Lunatic asylums Madras 1877-1891 - 1877-1891
Year: 1877
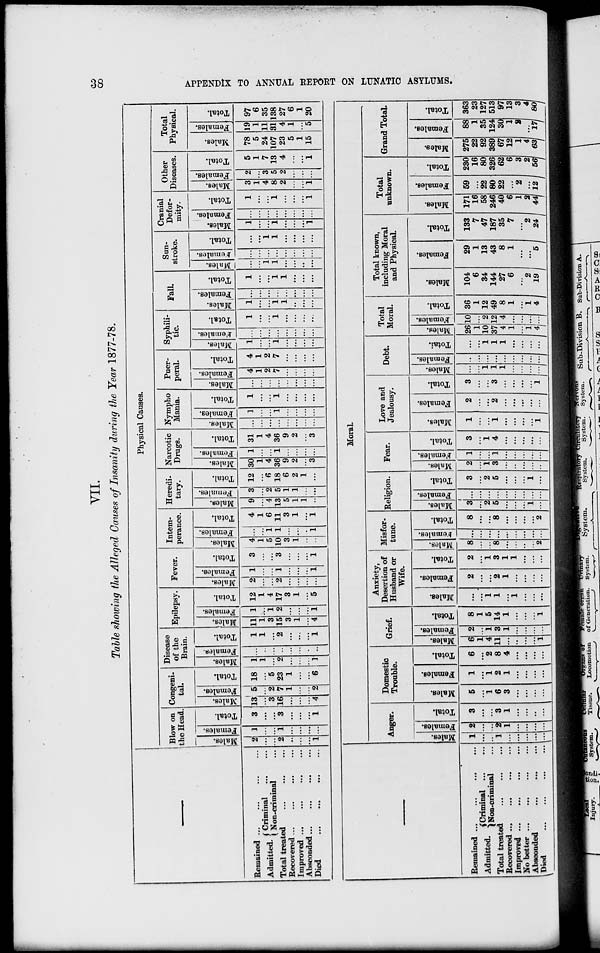
38
APPENDIX TO ANNUAL REPORT ON LUNATIC ASYLUMS.
VII.
Table showing the Alleged Causes of Insanity during the Year 1877-78.
Remained ... ... ... ...
Admitted.
Criminal ... ...
Non-criminal ...
Total treated ... ... ...
Recovered ... ... ... ...
Improved ... ... ... ...
Absconded... ... ... ...
Died ... ... ... ...
Physical Causes.
Blow on
the Head.
Males.
2
...
...
2
...
...
...
1
Females.
1
...
...
1
...
...
...
...
Total.
3
...
...
3
...
...
...
1
Gongeni-
tal.
Males.
13
...
3
16
...
...
...
4
Females.
5
...
2
7
1
...
...
2
Total.
18
...
5
23
1
...
...
6
Disease
of the
Brain.
Males.
1
1
...
2
...
...
...
1
Females.
...
...
...
...
...
...
...
...
Total.
1
1
...
2
...
...
...
1
Epilepsy.
Males.
11
1
3
15
3
1
...
4
Females.
1
...
1
2
...
...
...
1
Total.
12
1
4
17
3
1
...
5
Fever.
Males.
2
...
...
2
...
...
...
...
Females.
1
...
...
1
...
...
...
1
Total.
3
...
...
3
...
...
...
1
Intem-
perance.
Males.
4
1
5
10
3
1
...
...
Females.
...
...
1
1
...
...
..
1
Total.
4
1
6
11
3
1
...
1
Heredi-
tary.
Males.
9
...
4
13
5
1
1
...
Females.
3
...
2
5
1
1
...
...
Total.
12
...
6
18
6
2
1
...
Narcotic
Drugs.
Males.
30
1
4
36
9
2
...
3
Females.
1
...
...
...
...
...
...
...
Total.
31
1
4
36
9
2
...
3
Nympho
Mania.
Males.
...
...
...
...
...
...
...
...
Females.
1
...
...
1
...
...
...
...
Total.
1
...
...
1
...
...
...
...
Puer-
peral.
Males.
...
...
...
...
...
...
...
...
Females.
4
1
2
7
...
...
...
...
Total.
4
1
2
7
...
...
...
...
Syphili-
tic.
Males.
1
...
...
1
...
...
...
...
Females.
...
...
...
...
...
...
...
...
Total.
1
...
...
1
...
...
...
...
Fall.
Males.
1
...
...
1
1
...
...
...
Females.
...
...
...
...
...
...
...
...
Total.
1
...
...
1
1
...
...
...
Sun-
stroke.
Males.
...
...
1
1
...
...
...
...
Females.
...
...
...
...
...
...
...
...
Total.
...
...
1
1
...
...
...
...
Cranial
Defor-
mity.
Males.
1
...
...
1
...
...
...
1
Females.
...
...
...
...
...
...
...
...
Total.
1
...
...
1
...
...
...
1
Other
Diseases.
Males.
3
1
4
8
2
...
...
1
Females.
2
...
3
5
2
...
...
...
Total.
5
1
7
13
4
...
...
1
Total
Physical.
Males.
78
5
24
107
23
5
1
15
Females.
19
1
11
31
4
1
...
5
Total.
97
6
35
138
27
6
1
20
—
Remained ... ... ... ... .
Admitted.
Criminal ... ...
Non-criminal ...
Total treated ... ... ...
Recovered ...
...
...
...
Improved ...
...
... ...
No better ...
...
... ...
Absconded ... ...
...
Died
... ... ... ...
Moral.
Anger.
Males.
1
...
...
1
...
...
...
...
...
Females.
2
...
...
2
1
...
...
...
...
Total.
3
...
...
3
1
...
...
..
...
Domestic
Trouble.
Males.
5
...
1
6
3
...
...
...
...
Females.
1
...
1
2
1
...
...
...
...
Total.
6
...
2
8
4
...
...
...
...
Grief.
Males.
6
1
4
11
...
...
...
...
1
Females.
2
...
1
3
1
...
...
...
...
Total.
8
1
5
14
1
...
...
...
1
Anxiety,
Desertion of
Husband or
Wife.
Males.
...
...
1
1
...
1
...
...
...
Females.
2
...
...
2
1
...
...
...
...
Total.
2
...
1
3
1
1
...
...
...
Misfor-
tune.
Males.
8
...
...
8
...
...
...
...
2
Females.
...
...
...
...
...
...
...
...
...
Total.
8
...
...
8
...
...
...
...
2
Religion.
Males.
3
...
2
5
...
...
...
1
...
Females.
...
...
...
...
...
...
...
...
...
Total.
3
...
2
5
...
...
...
1
...
Fear.
Males.
2
...
1
3
...
...
...
...
...
Females.
1
...
...
1
...
...
...
...
...
Total.
3
...
1
4
...
...
...
...
...
Love and
Jealousy.
Males.
1
...
...
1
...
...
...
...
1
Females.
2
...
...
2
...
...
...
...
...
Total.
3
...
...
3
...
...
...
...
1
Debt.
Males.
...
...
1
1
1
...
...
...
...
Females.
...
...
...
...
...
...
...
...
...
Total.
...
...
1
1
1
...
...
...
...
Total
Moral.
Males.
26
1
10
37
4
1
...
1
4
Females.
10
...
2
12
4
...
...
...
...
Total.
36
1
12
49
8
1
...
1
4
Total known,
including Moral
and Physical.
Males.
104
6
34
144
27
6
...
2
19
Females.
29
1
13
43
8
1
...
...
5
Total.
133
7
47
187
35
7
...
2
24
Total
unknown.
Males.
171
16
58
246
40
6
1
2
44
Females.
59
...
22
80
22
...
2
...
12
Total.
230
16
80
326
62
6
3
2
56
Grand Total.
Males.
275
22
92
389
67
12
1
4
63
Females.
88
1
35
124
30
1
2
...
17
Total.
363
23
127
513
97
13
3
4
80